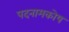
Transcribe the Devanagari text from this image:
पदनामकोष